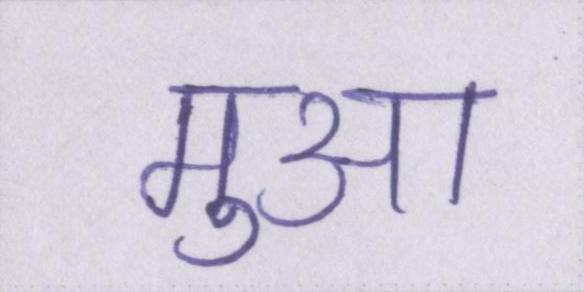
मुआ